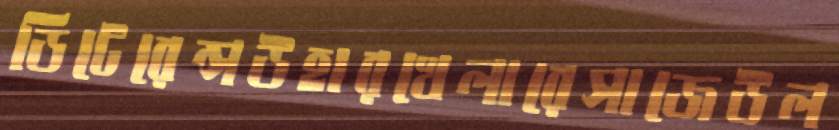
ডিটেরেন্সউহারখেলারেসাজেউল